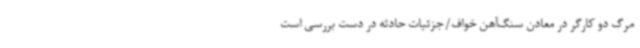
مرگ دو کارگر در معادن سنگ‌آهن خواف/جزئیات حادثه در دست بررسی است